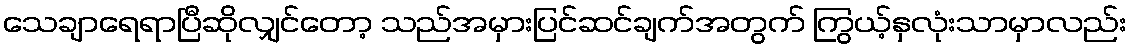
သေချာရေရာပြီဆိုလျှင်တော့ သည်အမှားပြင်ဆင်ချက်အတွက် ကြွယ့်နှလုံးသာမှာလည်း